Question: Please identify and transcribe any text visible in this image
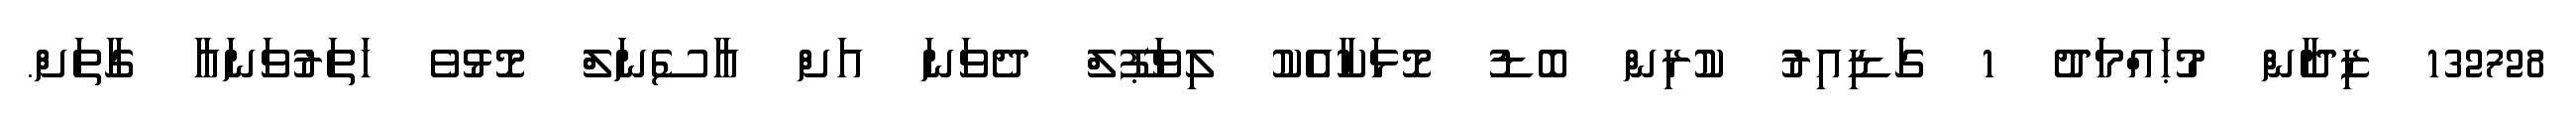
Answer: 132728 ޒިދާން މުޙައްމަދު 1 ގަޑިއިރު ކުރިން ބޮޑު މޮޅަކާއެކު ލިވަޕޫލް ދެވަނަ އަށް އާސެނަލް މޮޅުވެ ހަތަރުވަނައާ ގާތަށް.